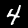
Label: 4